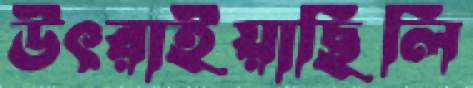
উৎরাইয়াছিলি